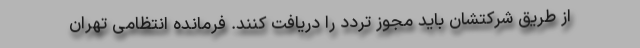
از طریق شرکتشان باید مجوز تردد را دریافت کنند. فرمانده انتظامی تهران